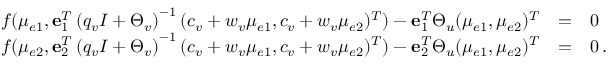
\begin{array} { r c l } { f ( \mu _ { e 1 } , { \bf e } _ { 1 } ^ { T } \left( q _ { v } I + \Theta _ { v } \right) ^ { - 1 } ( c _ { v } + w _ { v } \mu _ { e 1 } , c _ { v } + w _ { v } \mu _ { e 2 } ) ^ { T } ) - { \bf e } _ { 1 } ^ { T } \Theta _ { u } ( \mu _ { e 1 } , \mu _ { e 2 } ) ^ { T } } & { = } & { 0 } \\ { f ( \mu _ { e 2 } , { \bf e } _ { 2 } ^ { T } \left( q _ { v } I + \Theta _ { v } \right) ^ { - 1 } ( c _ { v } + w _ { v } \mu _ { e 1 } , c _ { v } + w _ { v } \mu _ { e 2 } ) ^ { T } ) - { \bf e } _ { 2 } ^ { T } \Theta _ { u } ( \mu _ { e 1 } , \mu _ { e 2 } ) ^ { T } } & { = } & { 0 \, . } \end{array}